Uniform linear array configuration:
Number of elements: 16
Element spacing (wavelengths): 0.25
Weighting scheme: uniform
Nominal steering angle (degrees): -30
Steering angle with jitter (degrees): -31.63
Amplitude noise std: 0.05
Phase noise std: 0.05

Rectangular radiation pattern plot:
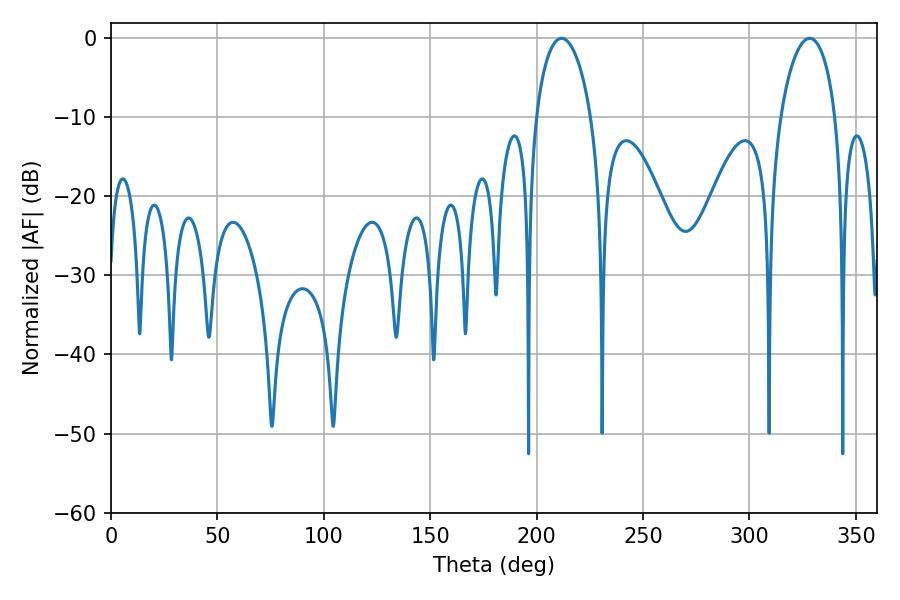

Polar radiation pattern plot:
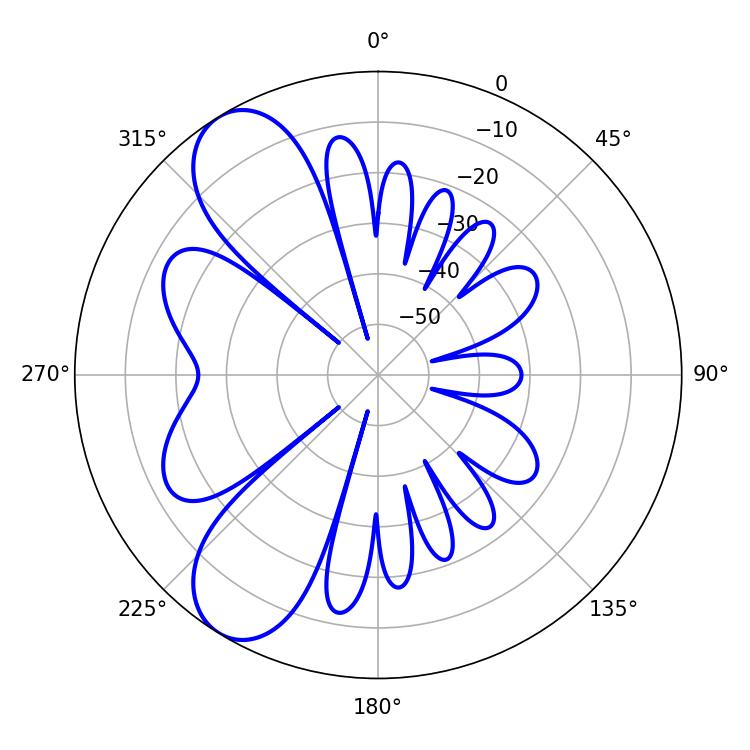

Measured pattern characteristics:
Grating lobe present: FALSE
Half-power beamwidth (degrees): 14.76
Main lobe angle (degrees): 211.68